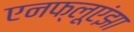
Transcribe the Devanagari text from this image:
एनफ्लूएंझा